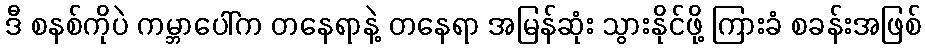
ဒီ စနစ်ကိုပဲ ကမ္ဘာပေါ်က တနေရာနဲ့ တနေရာ အမြန်ဆုံး သွားနိုင်ဖို့ ကြားခံ စခန်းအဖြစ်